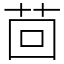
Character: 茴